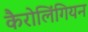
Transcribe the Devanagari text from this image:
कैरोलिंगियन